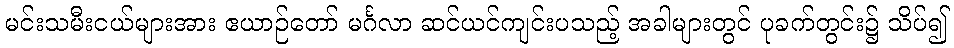
မင်းသမီးငယ်များအား ဧယာဉ်တော် မင်္ဂလာ ဆင်ယင်ကျင်းပသည့် အခါများတွင် ပုခက်တွင်း၌ သိပ်၍